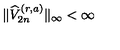
\| \widehat { V } _ { 2 n } ^ { ( r , a ) } \| _ { \infty } < \infty